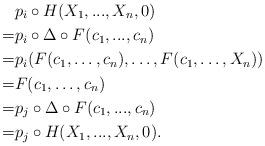
LaTeX: \begin{align*}&p_i \circ H (X_1,...,X_n,0)\\= & p_i \circ \Delta \circ F (c_1,...,c_n)\\=&p_i(F(c_1,\dots,c_n),\dots,F(c_1,\dots, X_n))\\=&F(c_1,\dots,c_n)\\=&p_j \circ \Delta \circ F (c_1,...,c_n)\\=&p_j \circ H (X_1,...,X_n,0).\end{align*}